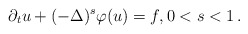
\begin{align*}\partial_t u +(-\Delta)^{s}\varphi(u)=f, 0<s<1\,.\end{align*}